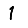
Digit: 1